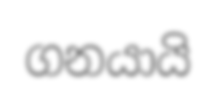
ගනයායි